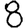
Digit: 8